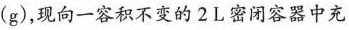
(g)$$，现向一容积不变的2L密闭容器中充